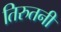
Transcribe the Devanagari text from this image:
तिरुतनी